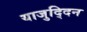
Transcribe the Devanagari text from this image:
याजुद्दिन